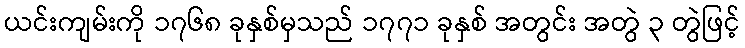
ယင်းကျမ်းကို ၁၇၆၈ ခုနှစ်မှသည် ၁၇၇၁ ခုနှစ် အတွင်း အတွဲ ၃ တွဲဖြင့်